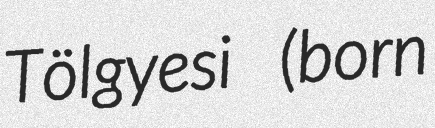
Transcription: Tölgyesi (born